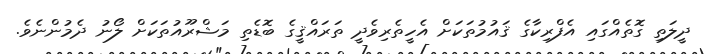
ދީލަތި ގޮތެއްގައި އެފްރިކާގެ ޤައުމުތަކަށް އެހީތެރިވެދީ ތަރައްޤީގެ ބޮޑެތި މަޝްރޫއުތަކަށް ލޯނު ދެމުންނެވެ.